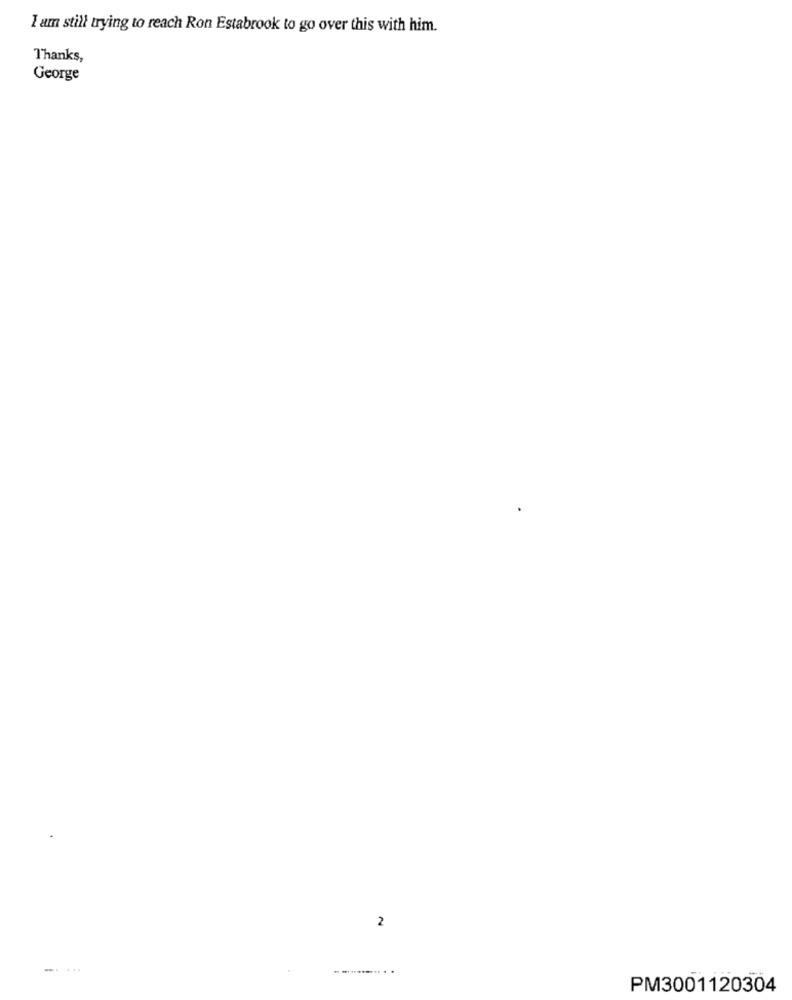
I am still trying to reach Ron Estabrook to go over this with him.
Thanks,
George
2
. ............ .
PM3001120304